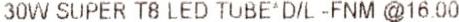
30W SUPER T8 LED TUBE^D/L -FNM @16.00